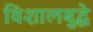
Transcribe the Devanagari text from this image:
विशालबुद्धे